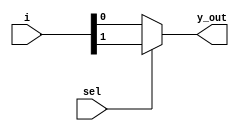
// This program was cloned from: https://github.com/Suni123456789/100DaysRTL
// License: Apache License 2.0

`timescale 1ns / 1ps

module mux_2_1(
    input [1:0] i,
    input sel,
    output y_out    
    );
    assign y_out= sel ? i[1] : i[0];
endmodule


module mux_4_1(
    input [3:0] i,
    input [1:0]select,
    output y_out
    );
    wire [1:0]w;
    
    mux_2_1 m1(i[1:0], select[0], w[0]);
    mux_2_1 m2(i[3:2], select[0], w[1]);
    mux_2_1 m3(w, select[1], y_out);
endmodule


 module mux_8_1(
    input [7:0] i,
    input [2:0]select,
    output y_out
    );
    wire [1:0]w;
    
    mux_4_1 m1(i[3:0], select[1:0], w[0]);
    mux_4_1 m2(i[7:4], select[1:0], w[1]);
    mux_2_1 m3(w, select[2], y_out);
  endmodule     


////////////////////////////////////////////////////

module barrel_shifter(
    input [7:0] data,
    input [2:0] amt,
    output [7:0] out
    );

    mux_8_1 m0(data, amt, out[0]);
    mux_8_1 m1({data[0], data[7:1]}, amt, out[1]);
    mux_8_1 m2({data[1:0], data[7:2]}, amt, out[2]);
    mux_8_1 m3({data[2:0], data[7:3]}, amt, out[3]);
    mux_8_1 m4({data[3:0], data[7:4]}, amt, out[4]);
    mux_8_1 m5({data[4:0], data[7:5]}, amt, out[5]);
    mux_8_1 m6({data[5:0], data[7:6]}, amt, out[6]);
    mux_8_1 m7({data[6:0], data[7]}, amt, out[7]);
    
endmodule